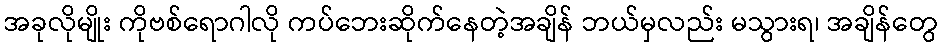
အခုလိုမျိုး ကိုဗစ်ရောဂါလို ကပ်ဘေးဆိုက်နေတဲ့အချိန် ဘယ်မှလည်း မသွားရ၊ အချိန်တွေ